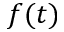
f ( t )